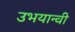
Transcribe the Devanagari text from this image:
उभयान्वी